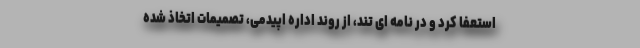
استعفا کرد و در نامه ای تند، از روند اداره اپیدمی، تصمیمات اتخاذ شده